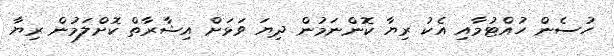
ހުސެން ހުއްޓުމާއި އެކު ރިޔާ ކޮންނަމުން ދިޔަ ވަޅަށް އިޝާރާތް ކޮށްލަމުން ރިޔާ